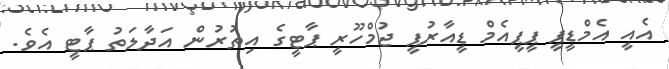
އެއީ އެމްޑީޕީ ޕީޕީއެމް ޑީއާރުޕީ ޖުމްހޫރީ ޕާޓީގެ އިތުރުން އަދާލަތު ޕާޓީ އެވެ.